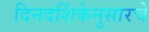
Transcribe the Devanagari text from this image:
दिनदर्शिकेनुसारचे